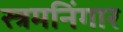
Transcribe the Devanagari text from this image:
स्त्रमनिंगार